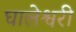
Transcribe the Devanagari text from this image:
घालेश्वरी